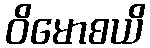
ဝိမောစယိ